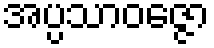
အပ္ပသာဝဇ္ဇော